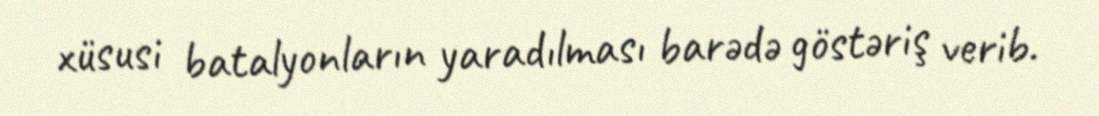
xüsusi batalyonların yaradılması barədə göstəriş verib.